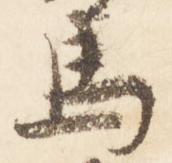
馬